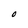
Character: O